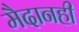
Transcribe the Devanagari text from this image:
मैदानही